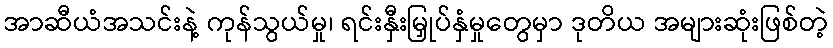
အာဆီယံအသင်းနဲ့ ကုန်သွယ်မှု၊ ရင်းနှီးမြှုပ်နှံမှုတွေမှာ ဒုတိယ အများဆုံးဖြစ်တဲ့